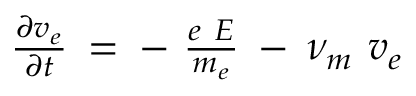
\begin{array} { r } { \frac { \partial \boldsymbol { v _ { e } } } { \partial t } \: = \: - \ \frac { e \ \boldsymbol { E } } { m _ { e } } \: - \: \nu _ { m } \ \boldsymbol { v _ { e } } } \end{array}